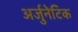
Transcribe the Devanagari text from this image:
अर्जुनेटिक